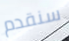
سنقدم